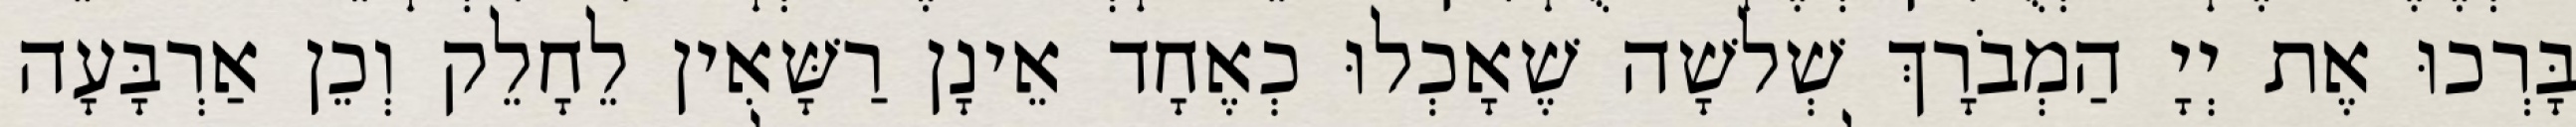
בָּרְכוּ אֶת יְיָ הַמְבֹרָךְ שְׁלשָׁה שֶׁאָכְלוּ כְאֶחָד אֵינָן רַשָּׁאִין לֵחָלֵק וְכֵן אַרְבָּעָה